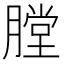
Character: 膛